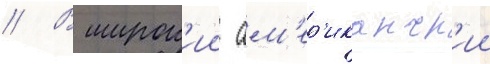
// В широк'ии ам'ер'иканск'ии